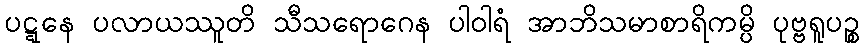
ပဋ္ဋနေ ပလာယဿူတိ သီသရောဂေန ပါဝါရံ အာဘိသမာစာရိကမ္ပိ ပုဗ္ဗရူပဉ္စ